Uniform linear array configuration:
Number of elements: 16
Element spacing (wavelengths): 0.75
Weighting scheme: binomial
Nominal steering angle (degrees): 0
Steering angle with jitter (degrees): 0.2829
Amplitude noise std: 0.05
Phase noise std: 0.05

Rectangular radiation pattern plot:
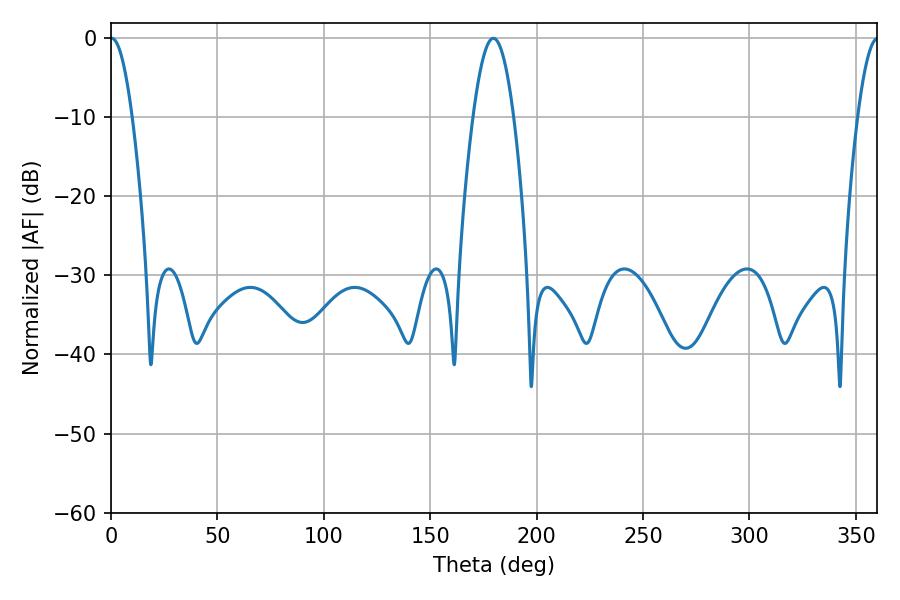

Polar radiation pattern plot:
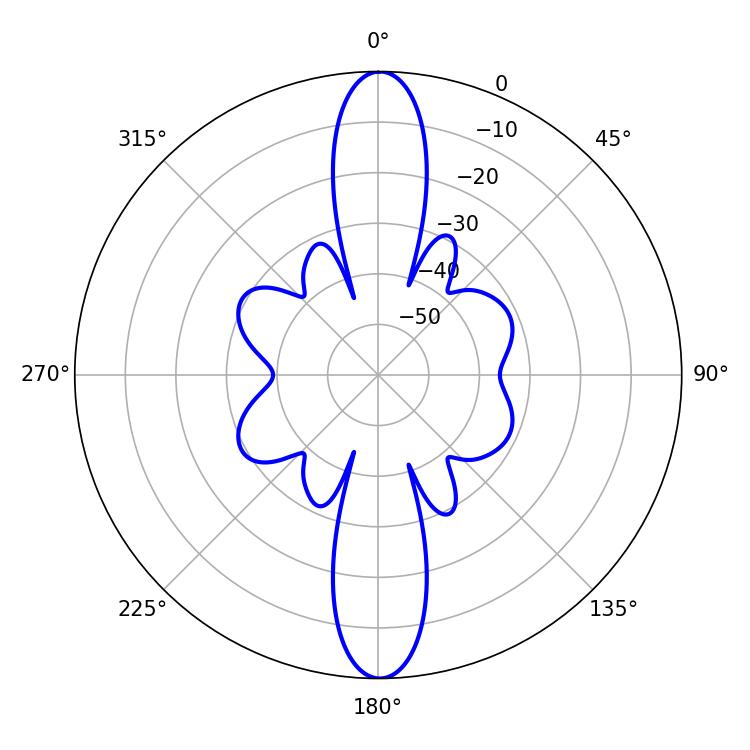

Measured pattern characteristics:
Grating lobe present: TRUE
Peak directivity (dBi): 29.317
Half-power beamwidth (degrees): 5.58
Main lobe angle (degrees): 0.36